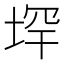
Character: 𪣟